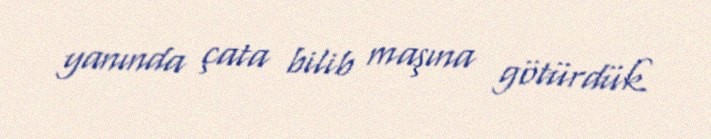
yanında çata bilib maşına götürdük.